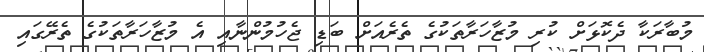
މުބާރަކާ ދެކޮޅަށް ކުރި މުޒާހަރާތަކުގެ ތެރެއަށް ބަޑި ޖެހުމުންނާއި އެ މުޒާހަރާތަކުގެ ތެރޭގައި